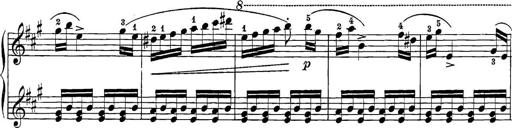
Title: 12 Sonatine per Pianoforte
Composer: Friedrich Kuhlau